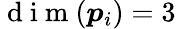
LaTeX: \mathrm{~d~i~m~}(\boldsymbol{p}_{i})=3